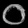
Digit: ၀